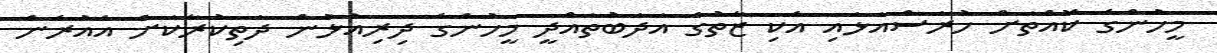
މީހުންގެ ކޮއްތަށް ހުރަސްއަޅައި އެކި ޒާތުގެ އަދަބުތައްދީ މީހުންގެ ދިރިއުޅުން ދަތިކުރާކަށް އެއުރެން